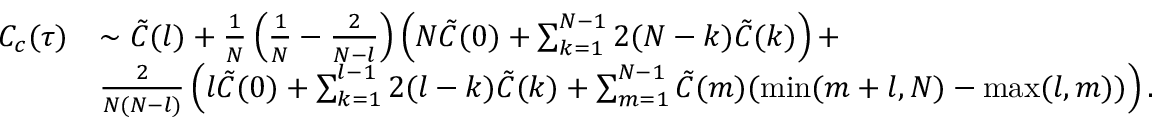
\begin{array} { r l } { C _ { c } ( \tau ) } & { \sim \tilde { C } ( l ) + \frac { 1 } { N } \left( \frac { 1 } { N } - \frac { 2 } { N - l } \right) \left( N \tilde { C } ( 0 ) + \sum _ { k = 1 } ^ { N - 1 } 2 ( N - k ) \tilde { C } ( k ) \right) + } \\ & { \frac { 2 } { N ( N - l ) } \left( l \tilde { C } ( 0 ) + \sum _ { k = 1 } ^ { l - 1 } 2 ( l - k ) \tilde { C } ( k ) + \sum _ { m = 1 } ^ { N - 1 } \tilde { C } ( m ) ( \operatorname* { m i n } ( m + l , N ) - \operatorname* { m a x } ( l , m ) ) \right) . } \end{array}